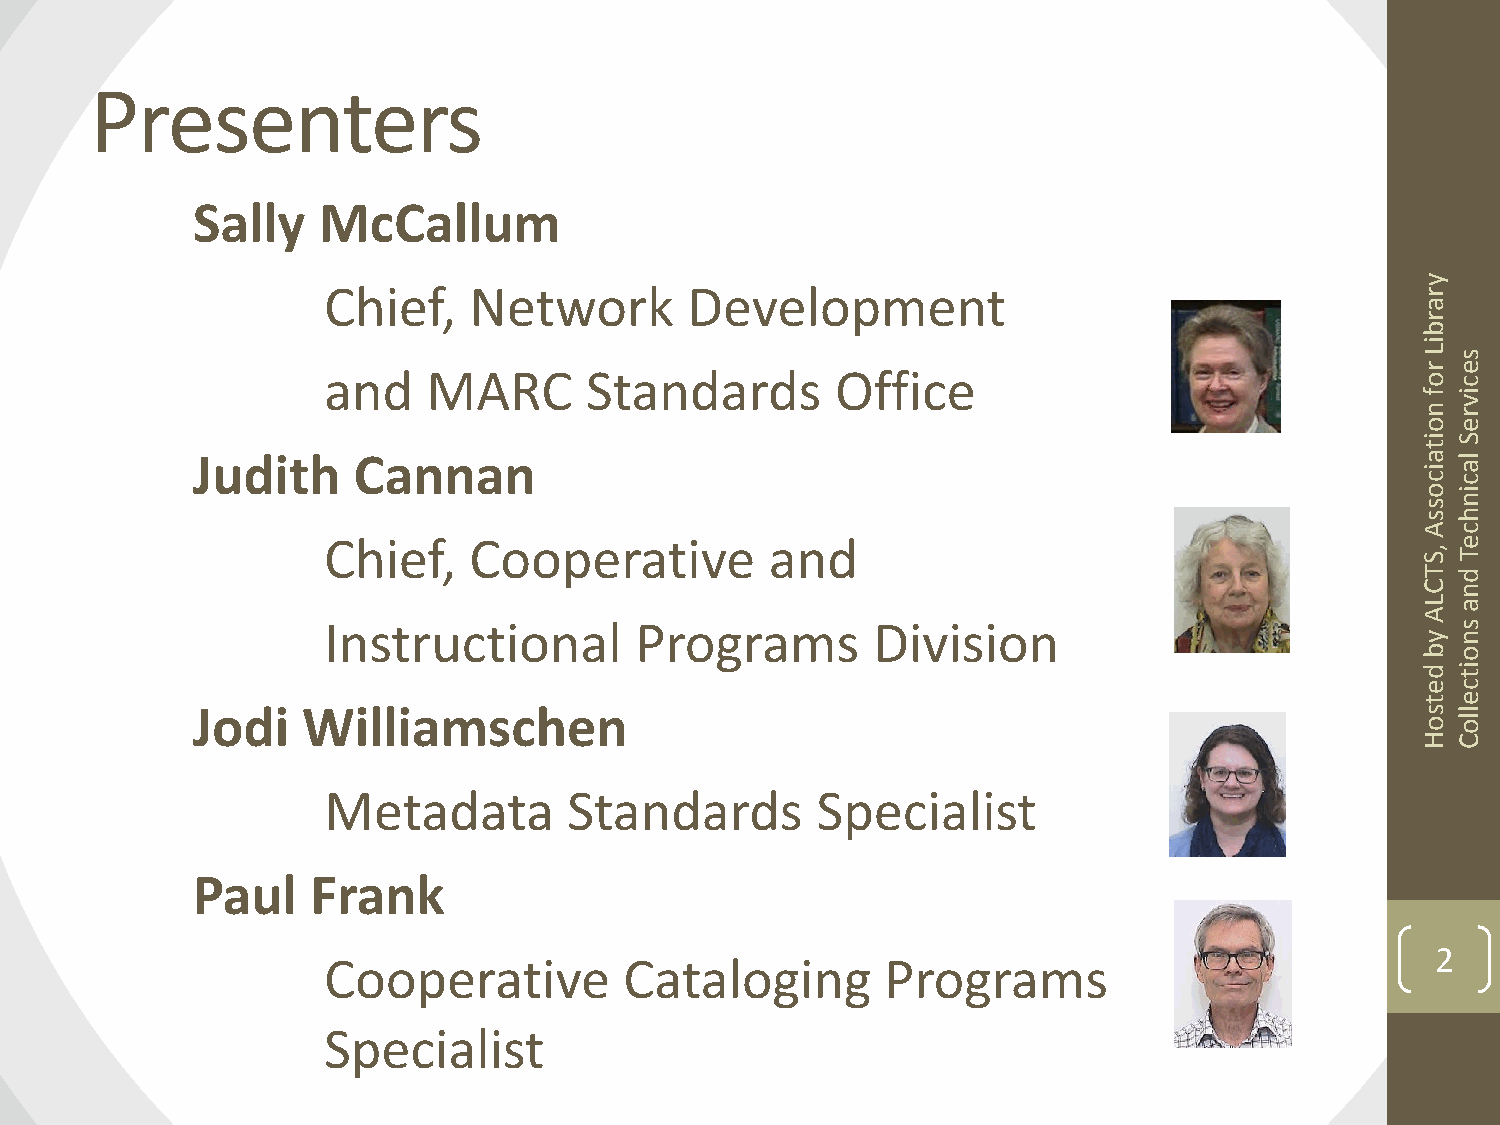
Presenters
 Sally   McCallum
 y
 Chief,    Network        Development                                     r
 a
 r
 b
 i
 and    MARC       Standards       Office
 L
 r
 os
 e
 c
 fi
 v
 nr
 oe
 iS
 t
 Judith    Cannan                                                                 a l
 ia
 cc
 oi
 sn
 sh
 Ac
 Chief,    Cooperative         and                                          e
 , ST
 T d
 Cn
 La
 Instructional        Programs        Division
 A
 s
 yn
 bo
 di
 t
 ec
 te
 Jodi   Williamschen                                                              sl
 ol
 o
 HC
 Metadata         Standards       Specialist
 Paul    Frank
 2
 Cooperative         Cataloging        Programs
 Specialist